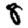
Digit: 8